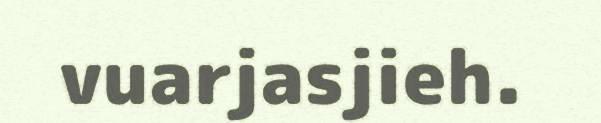
vuarjasjieh.